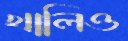
খালিও